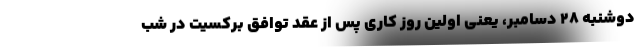
دوشنبه ۲۸ دسامبر، یعنی اولین روز کاری پس از عقد توافق برکسیت در شب